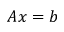
A x = b